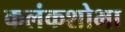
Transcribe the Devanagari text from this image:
कलंकशोभा